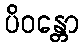
ပိဝန္တော